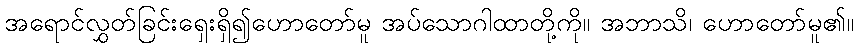
အရောင်လွှတ်ခြင်းရှေးရှိ၍ဟောတော်မူ အပ်သောဂါထာတို့ကို။ အဘာသိ၊ ဟောတော်မူ၏။